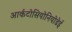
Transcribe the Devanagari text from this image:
आर्कटोसियोनियोडेई